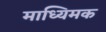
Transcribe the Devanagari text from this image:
माध्यिमक